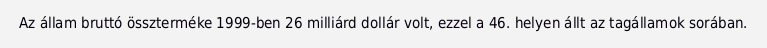
Az állam bruttó összterméke 1999-ben 26 milliárd dollár volt, ezzel a 46. helyen állt az tagállamok sorában.